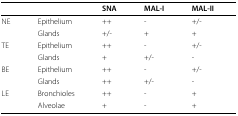
<table><thead><tr><td></td><td></td><td><b>SNA</b></td><td><b>MAL-I</b></td><td><b>MAL-II</b></td></tr></thead><tbody><tr><td>NE</td><td>Epithelium</td><td>++</td><td>-</td><td>+/-</td></tr><tr><td></td><td>Glands</td><td>+/-</td><td>+</td><td>+</td></tr><tr><td>TE</td><td>Epithelium</td><td>++</td><td>-</td><td>+/-</td></tr><tr><td></td><td>Glands</td><td>+</td><td>+/-</td><td>-</td></tr><tr><td>BE</td><td>Epithelium</td><td>++</td><td>-</td><td>+/-</td></tr><tr><td></td><td>Glands</td><td>++</td><td>+/-</td><td>-</td></tr><tr><td>LE</td><td>Bronchioles</td><td>++</td><td>-</td><td>+</td></tr><tr><td></td><td>Alveolae</td><td>+</td><td>-</td><td>+</td></tr></tbody></table>